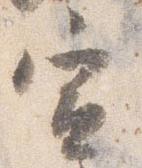
宣